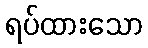
ရပ်ထားသော